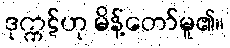
ဒုက္ကဋ်ဟု မိန့်တော်မူ၏။